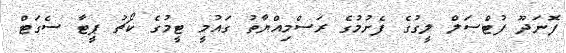
ފޮނަދޫ ފުޓްސަލް ލީގުގެ ފެށުމުގެ ރަސްމިއްޔާތު ގައުމީ ޓީމުގެ ކޯޗު ޕީޓާ ސެގަޓް